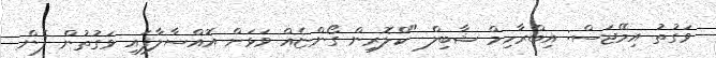
ވަގުތު އިމޭޖަސް: އިބްރާހިމް ޝާބިލް "ކްލޮރިން ގޯންޏެއް ވަޅަށް އޮއްސާލާފައި ވަގުތުން ފެން